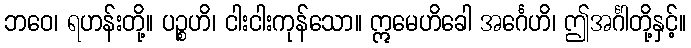
ဘဝေ၊ ရဟန်းတို့။ ပဉ္စဟိ၊ ငါးငါးကုန်သော။ ဣမေဟိခေါ အင်္ဂေဟိ၊ ဤအင်္ဂါတို့နှင့်။